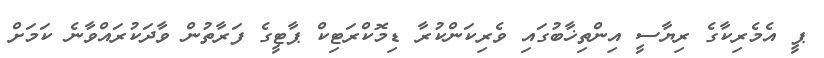
ޕީ އެމެރިކާގެ ރިޔާސީ އިންތިޚާބުގައި ވެރިކަންކުރާ ޑިމޮކްރަޓިކް ޕާޓީގެ ފަރާތުން ވާދަކުރައްވާނެ ކަމަށް